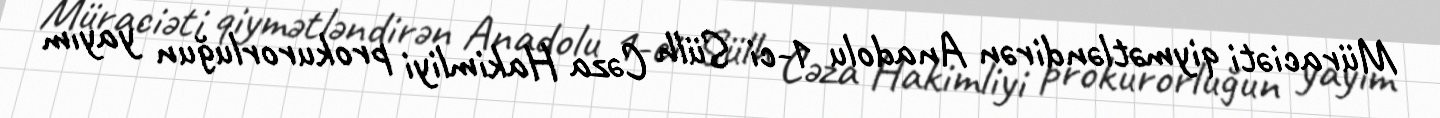
Müraciəti qiymətləndirən Anadolu 1-ci Sülh Cəza Hakimliyi prokurorluğun yayım